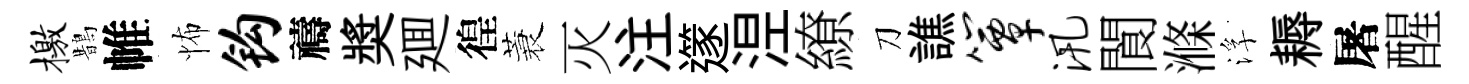
檄鵲帷怖钩禱奬廽徨蓑灭注𨗹𣵀繚刀譙簟汛閬滌浮耨屠醒